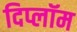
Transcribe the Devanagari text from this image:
दिप्लॉम